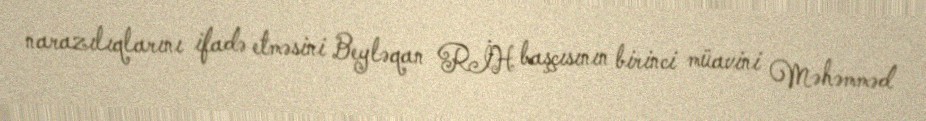
narazılıqlarını ifadə etməsini Beyləqan RİH başçısının birinci müavini Məhəmməd